Bréfritari: Sigríður Pálsdóttir
Viðtakandi: Páll Pálsson
Dagsetning: A-1860-05-15
Skrifað á: Hraungerði  Árn.
Páll var bróðir Sigríðar

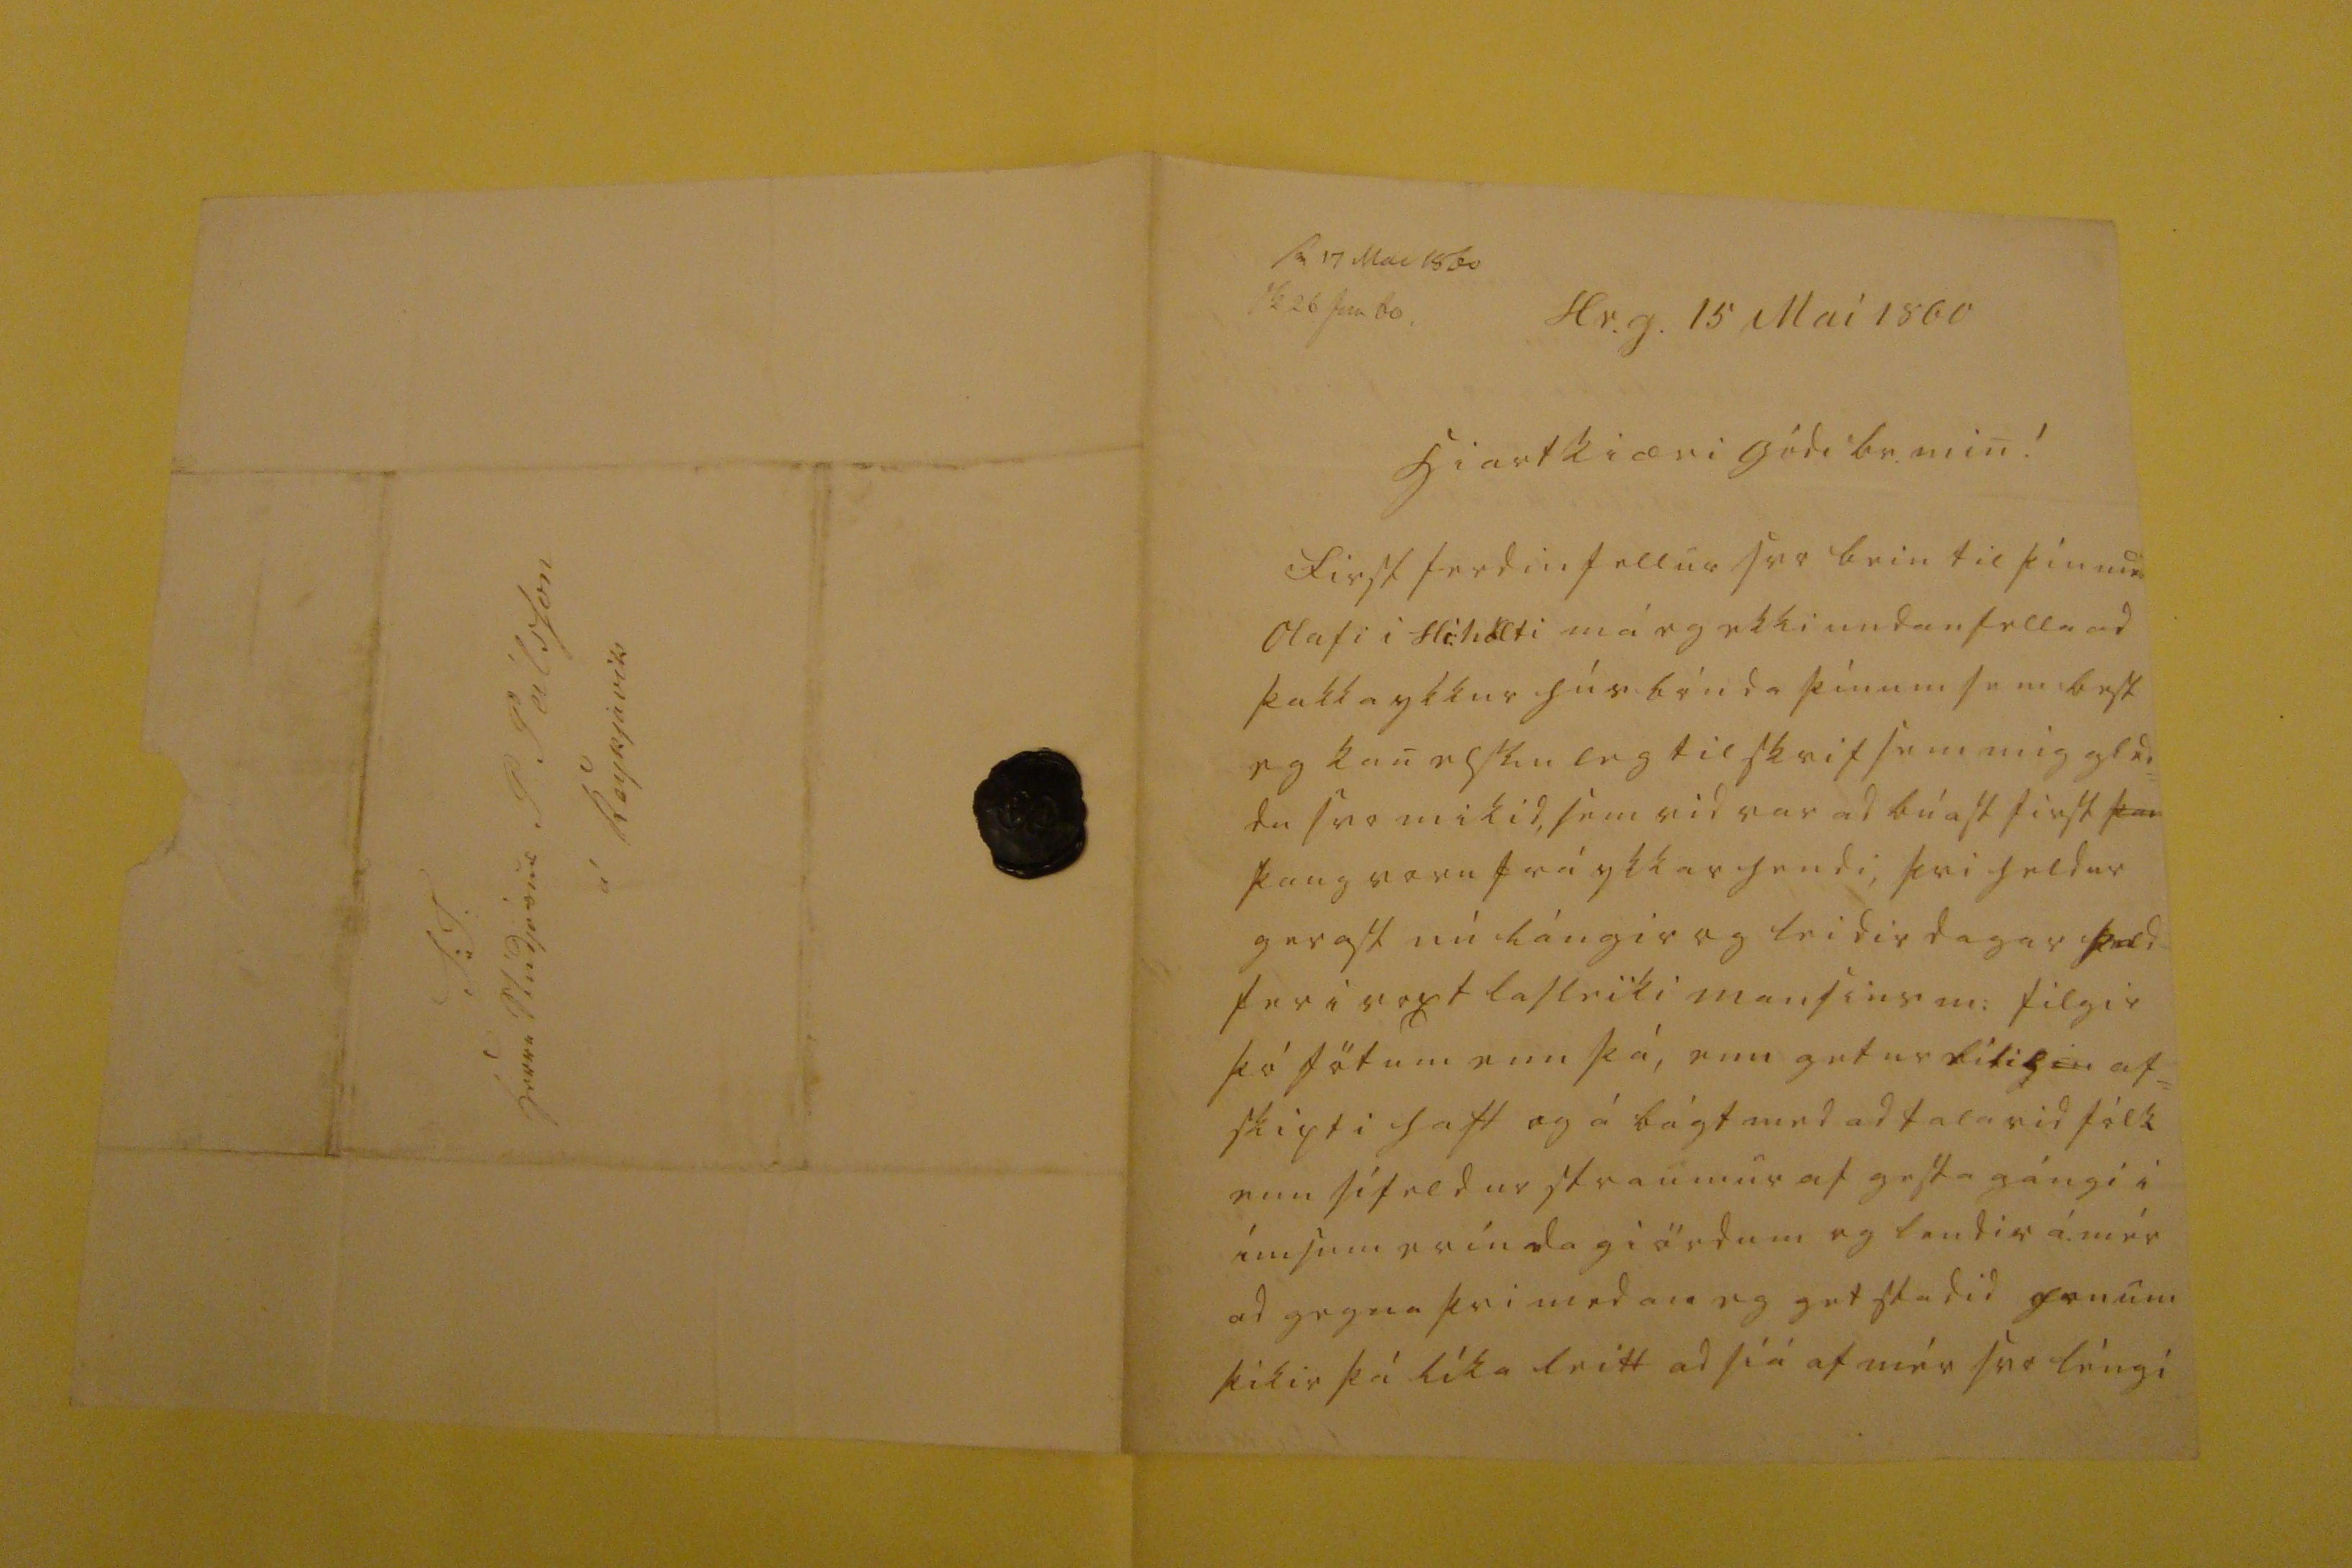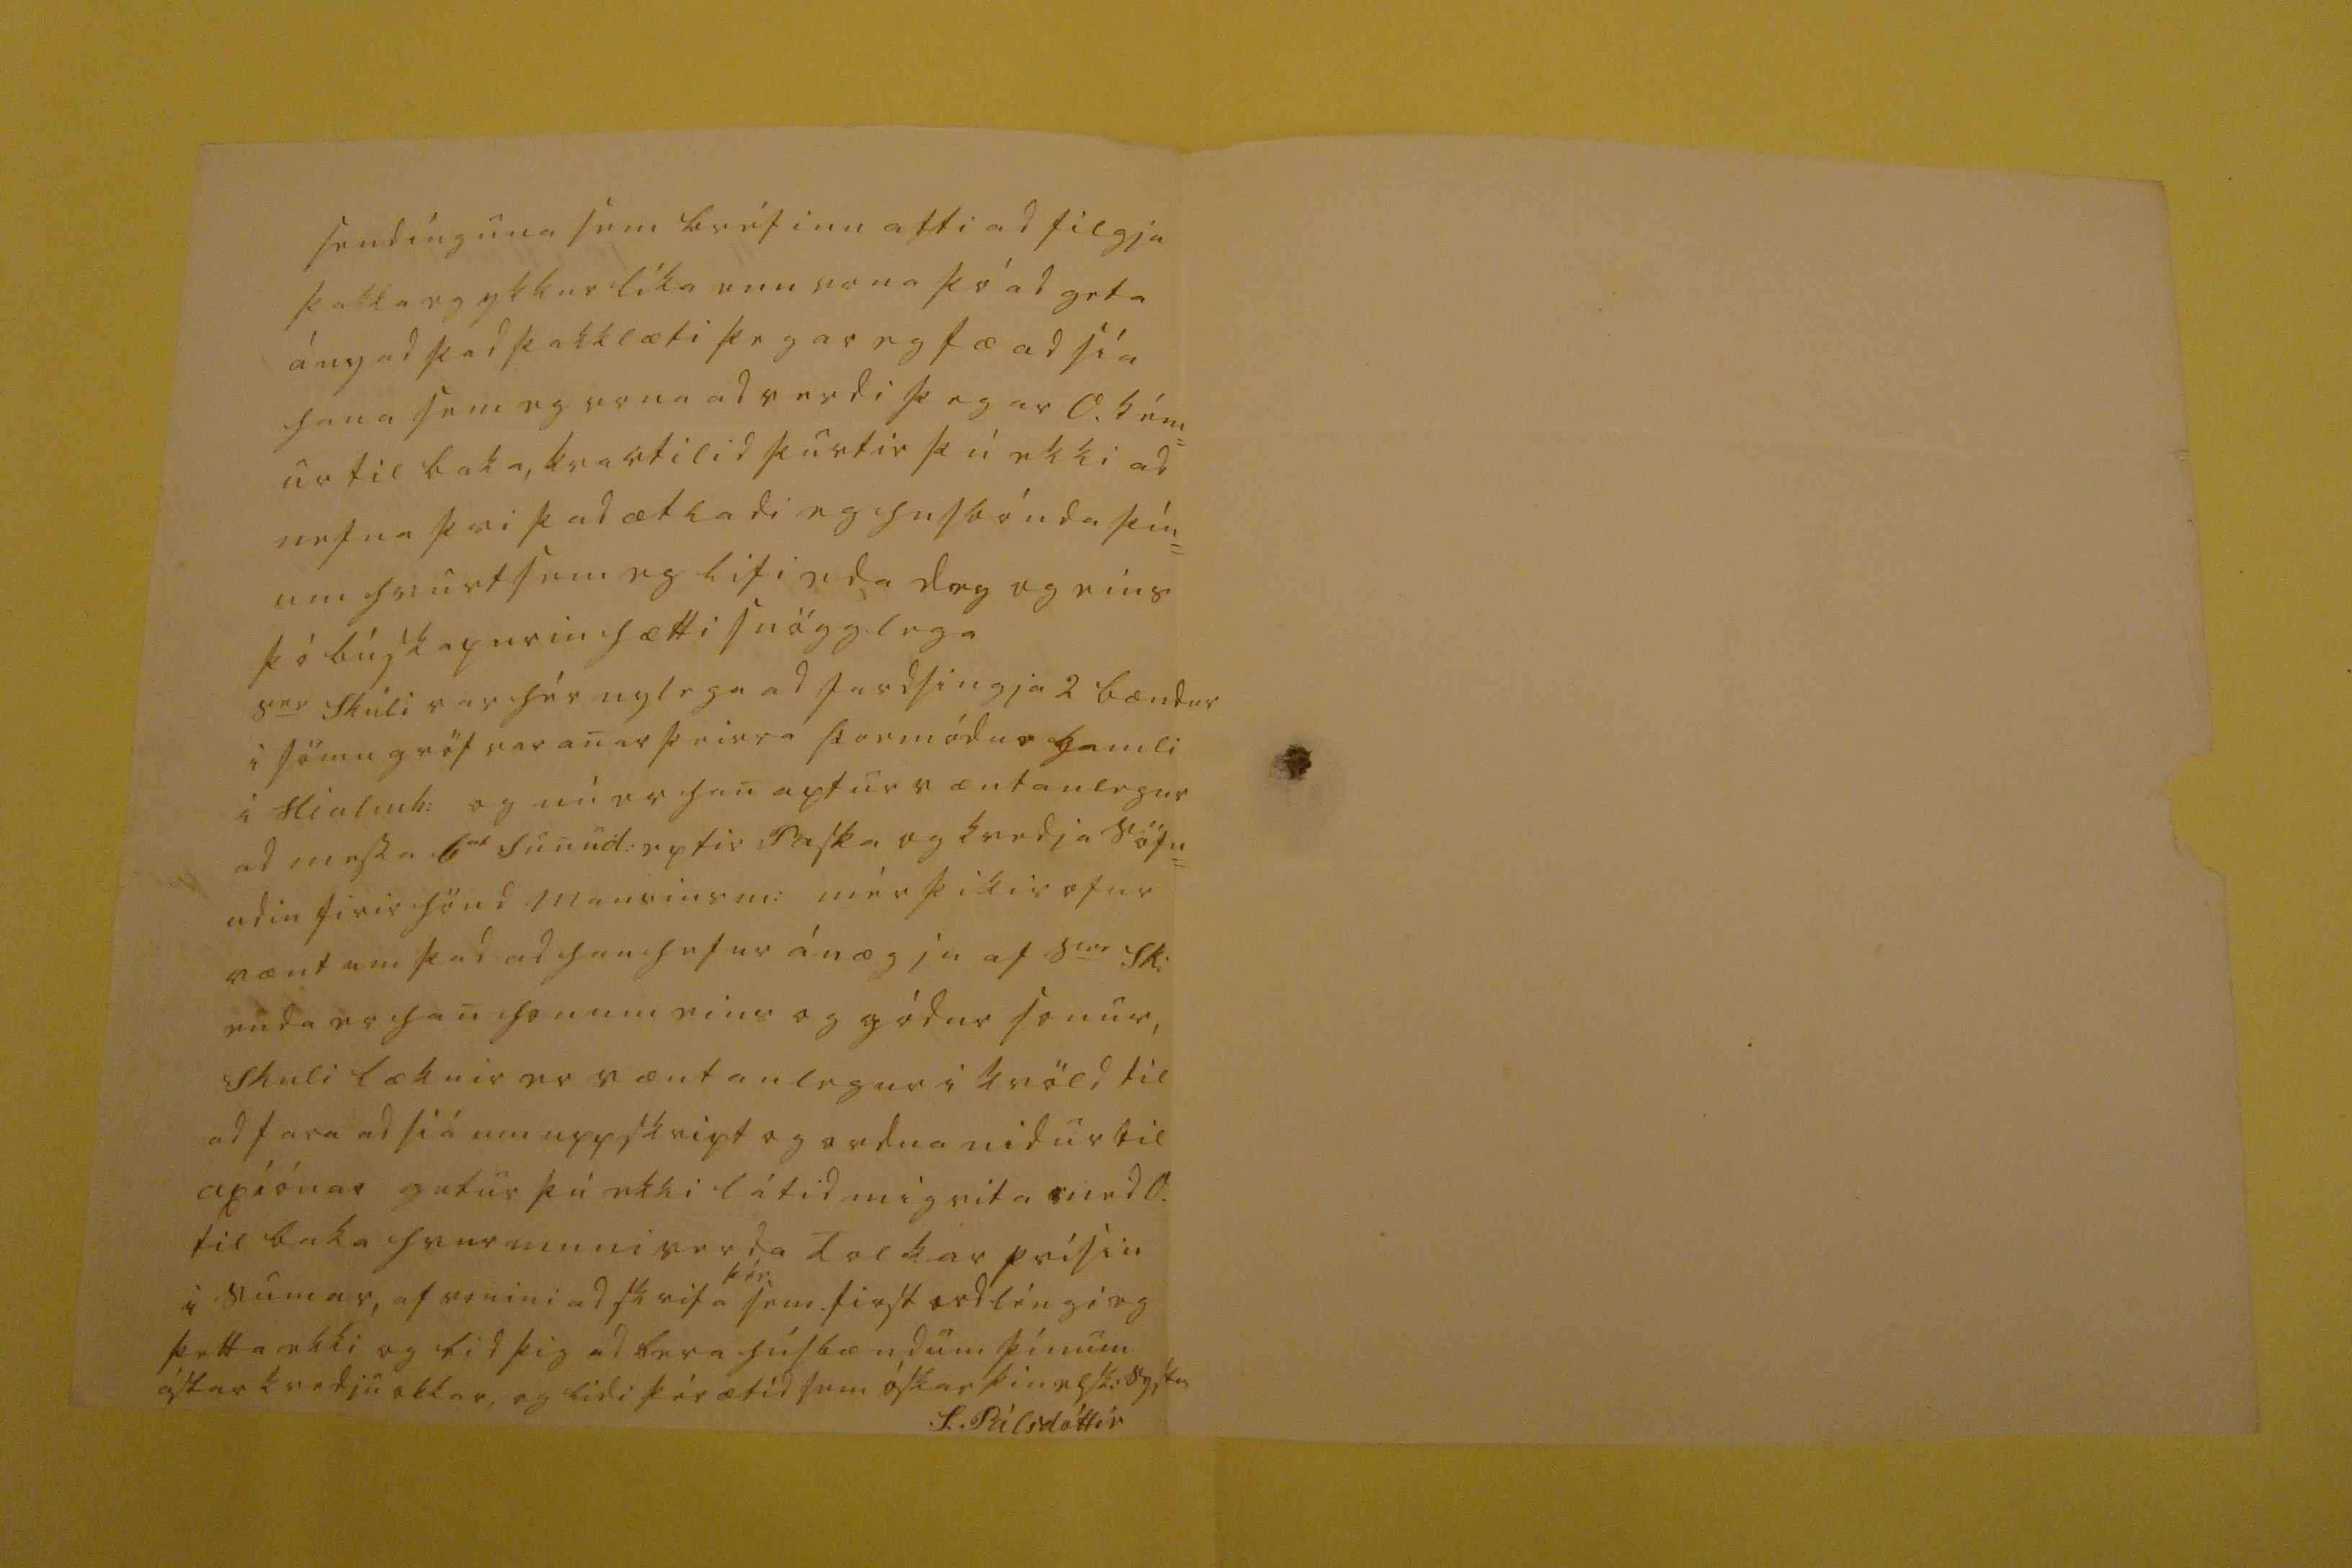

sv 17 Mai 1860 sk 26 jun 60.
Hr.g. 15 Maí 1860
hiartkiæri gódi br. min!
First ferdin fellur svo bein til þín med Olafi i
Hi:holti
má eg ekki undanfella ad þakka ykkur húsbónda þínum sem best eg kan elskuleg tilskrif sem mig gled= du svo mikid, sem vid var ad búast first
þar
þaug voru frá ykkar hendi, þvi heldur gerast nú lángir og leidir dagar þad fer i voxt lasleiki mansins m: filgir þó fötum enn þá, enn getur lítil
00
af= skipti haft og á bágt med ad tala vid fólk enn sífeldur straumur af gestagángi i ímsum eríndagiördum og lendir á mér ad gegna þvi medan eg get stadid honum þikir þá líka leitt ad siá af mér svo léngi
sendínguna sem bréfinu atti ad filgja þakka eg ykkur líka enn vona þó ad geta ányad þad þakklæti þegar eg fæ ad siá hana sem eg vona ad verdi þegar
A.
kém= ur til baka, kvartilid þurtir þú ekki ad nefna þvi þad ætladi eg husbónda þín= um hvurt sem eg lifi eda dey og eins þó búskapurin hætti snögglega s
er
Skúli var hér nylega ad jardsingja 2 bændur i sömu gröf var anar þeirra Þormódur gamli i Hialmh: og nú er han aptur væntanlegur ad messa 6
00
Sunud: eptir Paska og kvedja söfn= udin firir hönd mansins m: mér þikir ofur vænt um þad ad han hefur ánægju af s
er
Sk: enda er han honum eins og gódur sonu, Skuli læknir er væntanlegur i kvöld til ad fara ad siá um uppskript og ordna nidur til axiónar getur þú ekki látid mig vita med A. til baka hvur muni verda
Tolkar
prísin i sumar, af
reini
ad skrifa
þér
sem first ordléngi eg þetta ekki og bid þig ad bera húsbændum þínum ástarkvedju okkar, og lídi þér ætíd sem óskar þin elsk: systir
S. Pálsdóttir
S: T. Herra Stúdjósus P Pálsson á Reykjavik